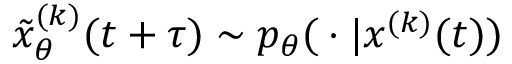
\tilde { x } _ { \theta } ^ { ( k ) } ( t + \tau ) \sim p _ { \theta } ( { } \cdot { } | x ^ { ( k ) } ( t ) )